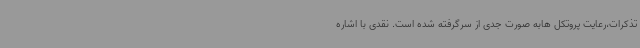
تذکرات،رعایت پروتکل هابه صورت جدی از سرگرفته شده است. نقدی با اشاره